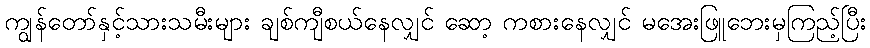
ကျွန်တော်နှင့်သားသမီးများ ချစ်ကျီစယ်နေလျှင် ဆော့ ကစားနေလျှင် မအေးဖြူဘေးမှကြည့်ပြီး